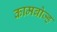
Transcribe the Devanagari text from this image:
कामबोज्ह